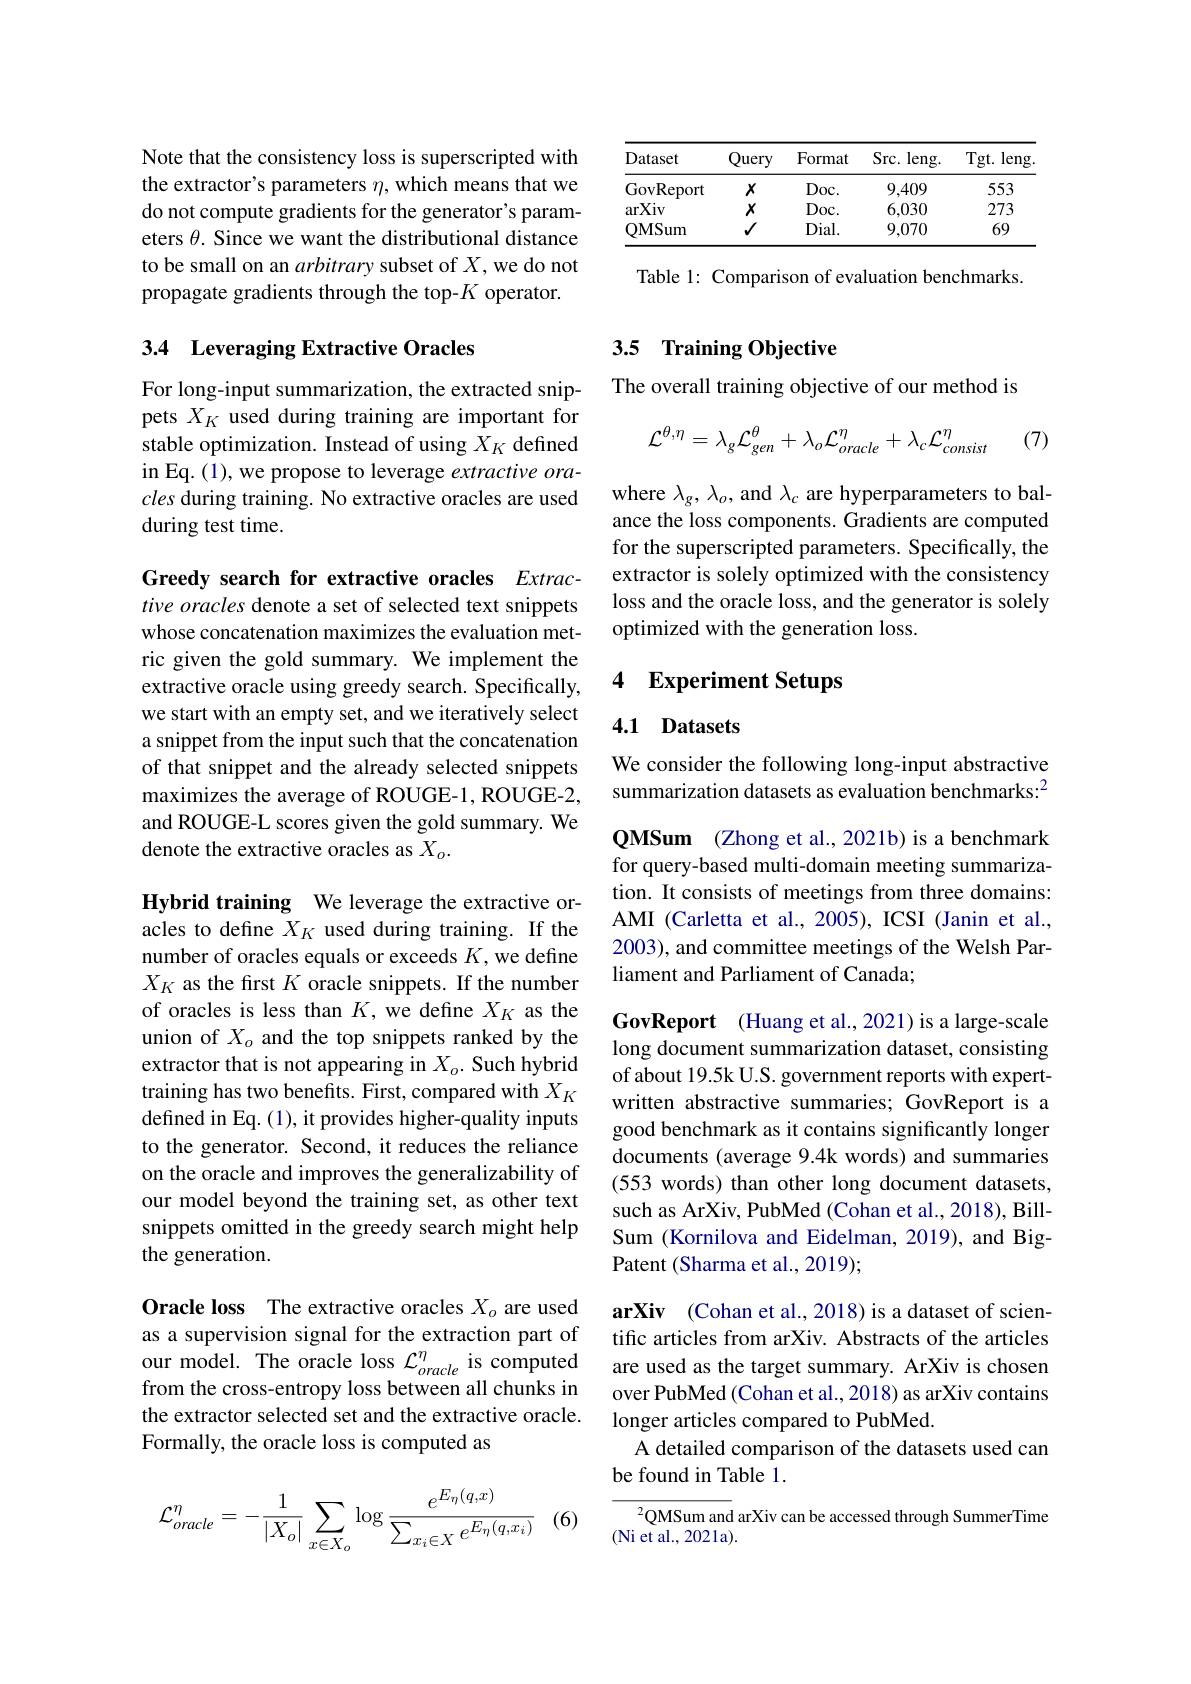
Note that the consistency loss is superscripted with the extractor's parameters $\eta$, which means that we do not compute gradients for the generator's parameters $\theta.$ Since we want the distributional distance to be small on an arbitrary subset of $X$,we do not propagate gradients through the top-$K$ operator.

## 3.4 Leveraging Extractive Oracles

For long-input summarization, the extracted snippets $X_K$ used during training are important for stable optimization. Instead of using $X_K$ defined cles during training. No extractive oracles are used during test time.

Greedy search for extractive oracles Extractive oracles denote a set of selected text snippets whose concatenation maximizes the evaluation metric given the gold summary. We implement the extractive oracle using greedy search. Specifically, we start with an empty set, and we iteratively select a snippet from the input such that the concatenation of that snippet and the already selected snippets maximizes the average of ROUGE-1, ROUGE-2, and ROUGE-L scores given the gold summary. We denote the extractive oracles as $X_o.$

Hybrid training We leverage the extractive oracles to define $X_K$ used during training. If the number of oracles equals or exceeds $K$,we define $X_K$ as the first $K$ oracle snippets. If the number of oracles is less than $K$, we define $X_K$ as the union of $X_o$ and the top snippets ranked by the extractor that is not appearing in $X_o.$ Such hybrid training has two benefits. First, compared with $X_K$ defined in Eq. (1), it provides higher-quality inputs to the generator. Second, it reduces the reliance on the oracle and improves the generalizability of our model beyond the training set, as other text snippets omitted in the greedy search might help the generation.

Oracle loss The extractive oracles $X_o$ are used as a supervision signal for the extraction part of our model. The oracle loss $\mathcal{L}_oracle^\eta$ is computed from the cross-entropy loss between all chunks in the extractor selected set and the extractive oracle. Formally, the oracle loss is computed as
$$\mathcal{L}_{oracle}^{\eta}=-\frac{1}{|X_{o}|}\sum_{x\in X_{o}}\log\frac{e^{E_{\eta}(q,x)}}{\sum_{x_{i}\in X}e^{E_{\eta}(q,x_{i})}}$$
(6)

<table>
	<tbody>
		<tr>
			<th>Dataset</th>
			<th>Query</th>
			<th>Format</th>
			<th>Src. leng. </th>
			<th>Tgt. leng</th>
		</tr>
		<tr>
			<td>GovReport</td>
			<td>$X$</td>
			<td>$Doc.$</td>
			<td>9,409</td>
			<td>553</td>
		</tr>
		<tr>
			<td>arXiv</td>
			<td>$X$</td>
			<td>$Doc.$</td>
			<td>6,030</td>
			<td>273</td>
		</tr>
		<tr>
			<td>QMSi ium</td>
			<td>$√$</td>
			<td>$Dial.$</td>
			<td>9,070</td>
			<td>69</td>
		</tr>
	</tbody>
</table>

Table 1: Comparison of evaluation benchmarks.

## 3.5 Training Objective

The overall training objective of our method is
$$\mathcal{L}^{\theta,\eta}=\lambda_{g}\mathcal{L}_{gen}^{\theta}+\lambda_{o}\mathcal{L}_{oracle}^{\eta}+\lambda_{c}\mathcal{L}_{consist}^{\eta}\quad(7)$$
where $\lambda_g,\lambda_o$, and $\lambda_c$ are hyperparameters to balance the loss components. Gradients are computed for the superscripted parameters. Specifically, the extractor is solely optimized with the consistency loss and the oracle loss, and the generator is solely optimized with the generation loss.

### 4 Experiment Setups

### 4.1 Datasets

We consider the following long-input abstractive summarization datasets as evaluation benchmarks:$^{2}$

QMSum (Zhong et al., 2021b) is a benchmark for query-based multi-domain meeting summarization. It consists of meetings from three domains: AMI (Carletta et al., 2005), ICSI (Janin et al., 2003), and committee meetings of the Welsh Parliament and Parliament of Canada;

GovReport (Huang et al.,2021) is a large-scale long document summarization dataset, consisting of about 19.5k U.S. government reports with expertwritten abstractive summaries; GovReport is a good benchmark as it contains significantly longer documents (average 9.4k words) and summaries (553 words) than other long document datasets, such as ArXiv, PubMed (Cohan et al., 2018), BillSum (Kornilova and Eidelman, 2019), and BigPatent (Sharma et al., 2019);

arXiv (Cohan et al.,2018) is a dataset of scientific articles from arXiv. Abstracts of the articles are used as the target summary. ArXiv is chosen over PubMed (Cohan et al., 2018) as arXiv contains longer articles compared to PubMed.
A detailed comparison of the datasets used can
be found in Table 1

$^2$QMSum and arXiv can be accessed through SummerTime
(Ni et al., 2021a).